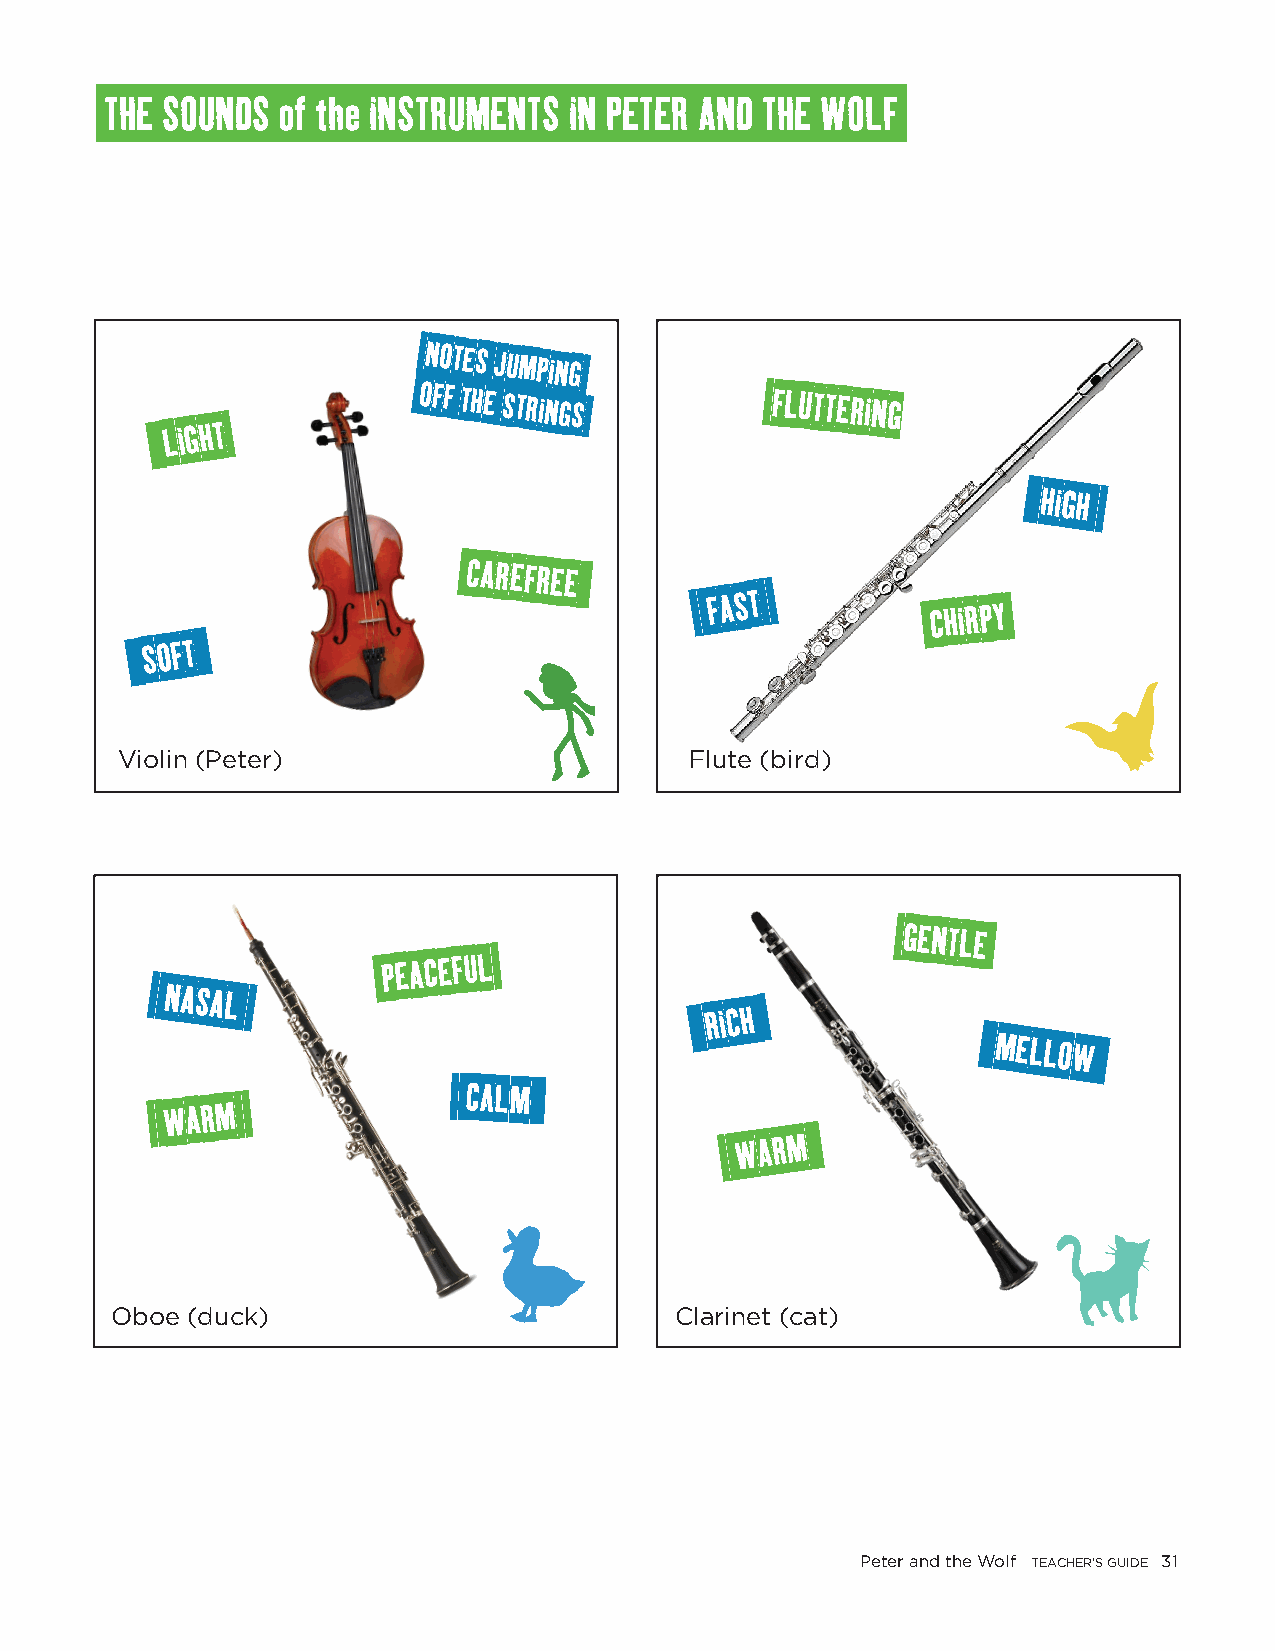
THE SOUNDS  of the INSTRUMENTS IN PETER AND THE WOLF
 NOTES
 JUMPING
 OFF THE STRINGS        FLUTTERING
 LIGHT
 HIGH
 CAREFREE
 FAST
 CHIRPY
 SOFT
 Violin (Peter)                        Flute (bird)
 GENTLE
 PEACEFUL
 NASAL
 RICH
 MELLOW
 CALM
 WARM
 WARM
 Oboe (duck)                           Clarinet (cat)
 Peter and the Wolf TEACHER’S GUIDE 31